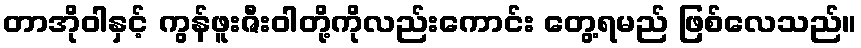
တာအိုဝါနှင့် ကွန်ဖူးဇီးဝါတို့ကိုလည်းကောင်း တွေ့ရမည် ဖြစ်လေသည်။